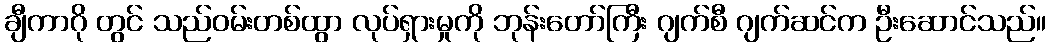
ချီကာဂို တွင် သည်ဝမ်းတစ်ထွာ လုပ်ရှားမှုကို ဘုန်းတော်ကြီး ဂျက်စီ ဂျက်ဆင်က ဦးဆောင်သည်။